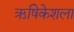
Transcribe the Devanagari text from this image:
ऋषिकेशला